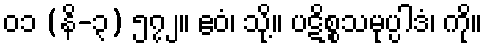
၀၁ (နိ-၃) ၅၇၂။ ဧဝံ၊ သို့။ ပဋိစ္စသမုပ္ပါဒံ၊ ကို။